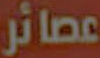
عصائر